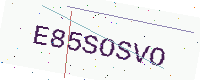
Text: E85SOSVO